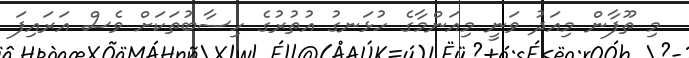
މި ތޫފާން މިއަދު ވަނީ މިއަންމާގެ ހުޅަނގު އުތުރުގެ ހިސާބުތަކަށް ވެސް އަރައިފަ